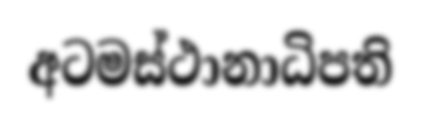
අටමස්ථානාධිපති